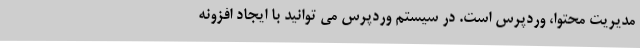
مدیریت محتوا، وردپرس است. در سیستم وردپرس می توانید با ایجاد افزونه